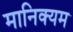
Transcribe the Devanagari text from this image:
मानिक्यम